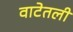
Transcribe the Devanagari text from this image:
वाटेतली